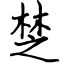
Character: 椘